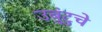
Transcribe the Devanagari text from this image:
उबुंटुचे